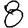
Digit: 8